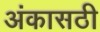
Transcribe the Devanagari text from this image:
अंकासठी